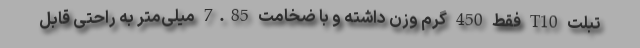
تبلت T10 فقط 450 گرم وزن داشته و با ضخامت 7.85 میلی‌متر به راحتی قابل